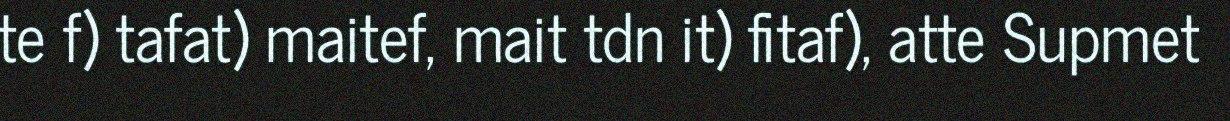
te f) tafat) maitef, mait tdn it) fitaf), atte Supmet